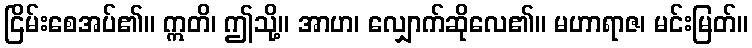
ငြိမ်းစေအပ်၏။ ဣတိ၊ ဤသို့။ အာဟ၊ လျှောက်ဆိုလေ၏။ မဟာရာဇ၊ မင်းမြတ်။